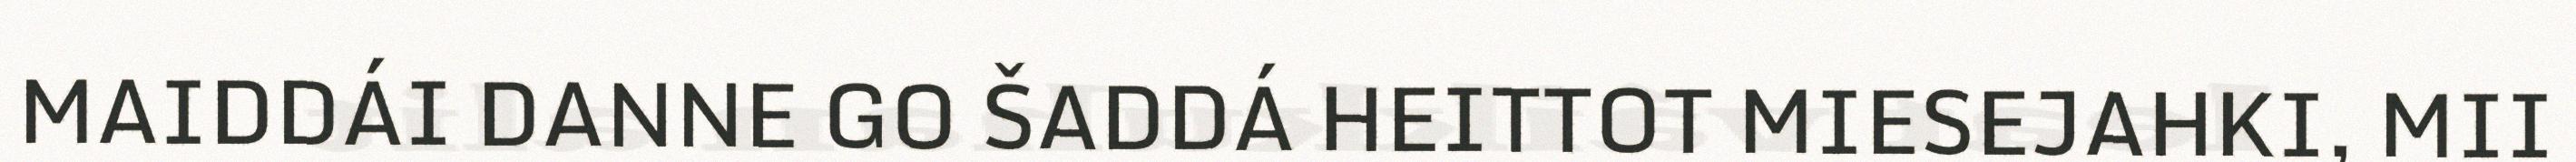
MAIDDÁI DANNE GO ŠADDÁ HEITTOT MIESEJAHKI, MII